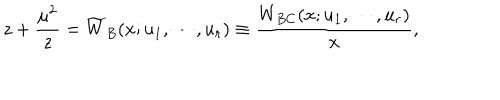
LaTeX: z + { \frac { \mu ^ { 2 } } { z } } = \widetilde { W } _ { B } ( x ; u _ { 1 } , \cdots , u _ { r } ) \equiv { \frac { W _ { B C } ( x ; u _ { 1 } , \cdots , u _ { r } ) } { x } } ,